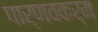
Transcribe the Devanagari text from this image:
पार्णवकर्म